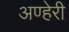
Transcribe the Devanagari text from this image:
अण्हेरी